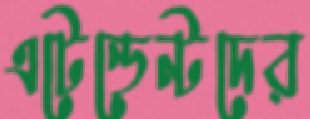
এটেন্ডেন্টদের